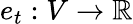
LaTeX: e_{t}:V\to\mathbb{R}